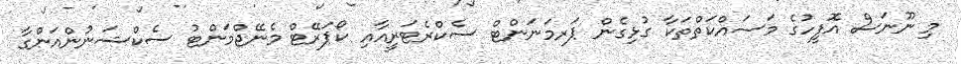
މި ނޫނަސް އޮފީހުގެ މަސައްކަތްތަކާ ގުޅިގެން ޕަރމަނަންޓް ސެކްރެޓަރީއާއި ކޯޕަރޭޓް މެނޭޖްމަންޓު ސެކްޝަނުންއަންގާ